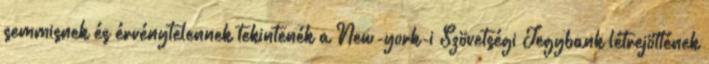
semmisnek és érvénytelennek tekintenék a New-york-i Szövetségi Jegybank létrejöttének